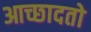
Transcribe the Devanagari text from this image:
आच्छादतो